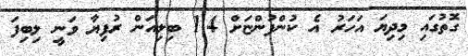
ގޮތުގައި މިދިޔަ އަހަރު އެ ކުންފުންޏަށް 1.4 ބިލިއަން ރުފިޔާ ވަނީ ލިބިފަ